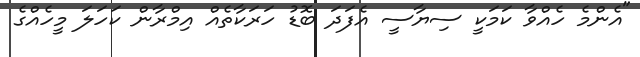
"އެންމެ ހެއްވާ ކަމަކީ ސިޔާސީ އެފަދަ ބޮޑު ހަރަކާތެއް އިމްރާން ކަހަލަ މީހެއްގެ